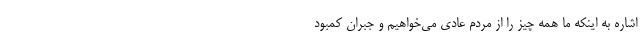
اشاره به اینکه ما همه چیز را از مردم عادی می‌خواهیم و جبران کمبود